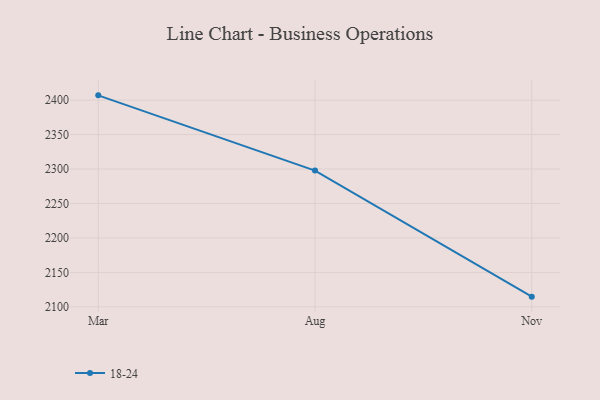
{"axis": {"x": "Month", "y": "Gross Profit (USD K)"}, "legend": ["18-24"], "data": [{"x": "Mar", "y": 2406.9, "type": "18-24"}, {"x": "Aug", "y": 2297.7, "type": "18-24"}, {"x": "Nov", "y": 2114.8, "type": "18-24"}]}